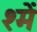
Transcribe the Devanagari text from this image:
श्में